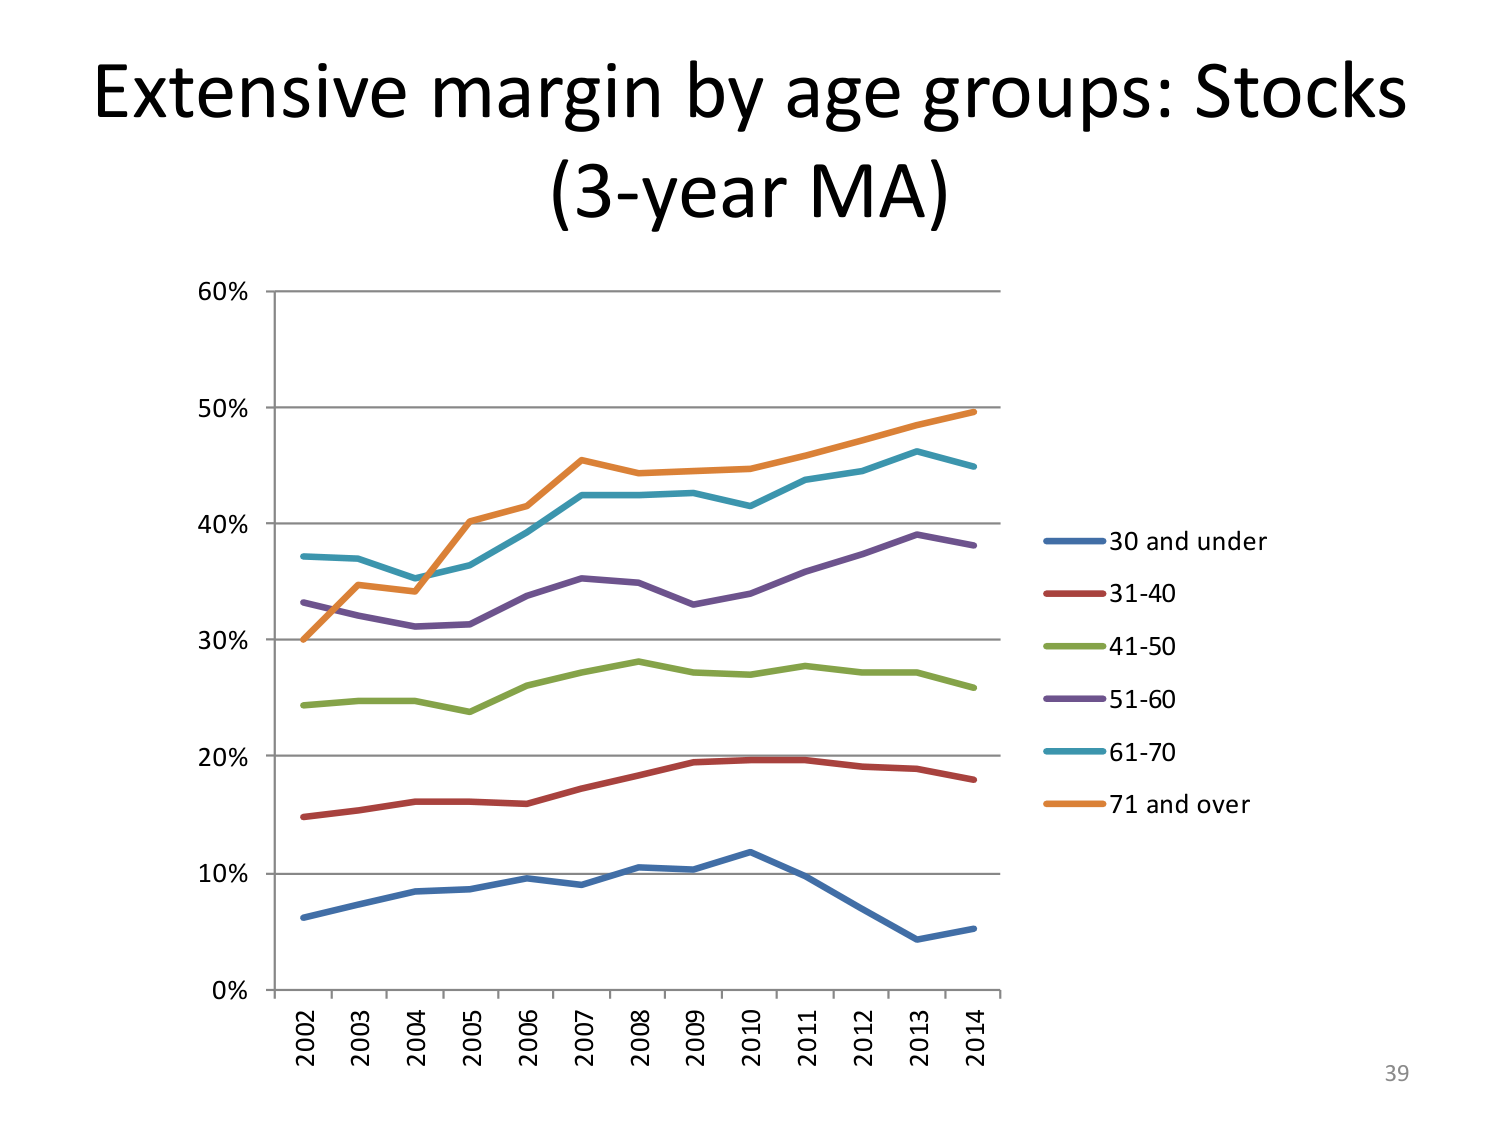
Extensive margin by age groups: Stocks
(3-year MA)

60%
50%
40%
30%
20%
10%
0%

2002 2003 2004 2005 2006 2007 2008 2009 2010 2011 2012 2013 2014

30 and under
31-40
41-50
51-60
61-70
71 and over

39